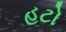
હટો